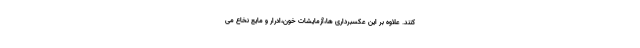
کنند. علاوه بر این عکسبرداری ها،آزمایشات خون،ادرار و مایع نخاع می